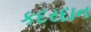
કદરદાન